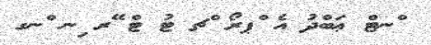
ްނޓް ޢަބްދު އެ ްޕރޯ ްޗ ޓު ޓް ޭރ ިނ ްނގ